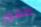
ظهور